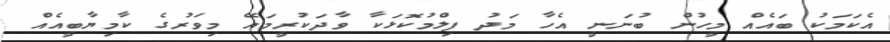
އެކަމަކު ބައެއް މީހުން ބުނަނީ އެހާ މަދު ފިލްމުކޮޅަކާ ވާދަކުރީމައޭ މިވަރުގެ ކާމިޔާބީއެއް